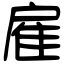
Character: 雇